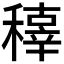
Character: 𥢍